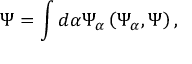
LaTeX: \Psi = \int d \alpha \Psi _ { \alpha } \left( \Psi _ { \alpha } , \Psi \right) ,